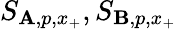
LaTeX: S_{\mathbf{A},p,x_{+}},S_{\mathbf{B},p,x_{+}}